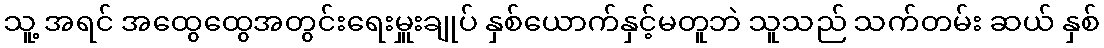
သူ့ အရင် အထွေထွေအတွင်းရေးမှူးချုပ် နှစ်ယောက်နှင့်မတူဘဲ သူသည် သက်တမ်း ဆယ် နှစ်